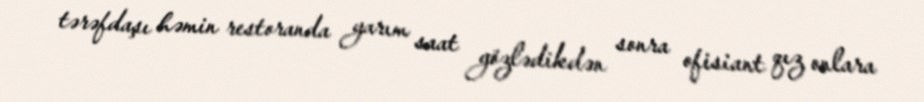
tərəfdaşı həmin restoranda yarım saat gözlədikdən sonra ofisiant qız onlara